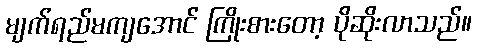
မျက်ရည်မကျအောင် ကြိုးစားတော့ ပိုဆိုးလာသည်။